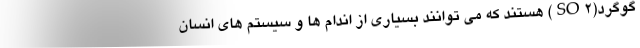
گوگرد(SO۲) هستند که می توانند بسیاری از اندام ها و سیستم های انسان